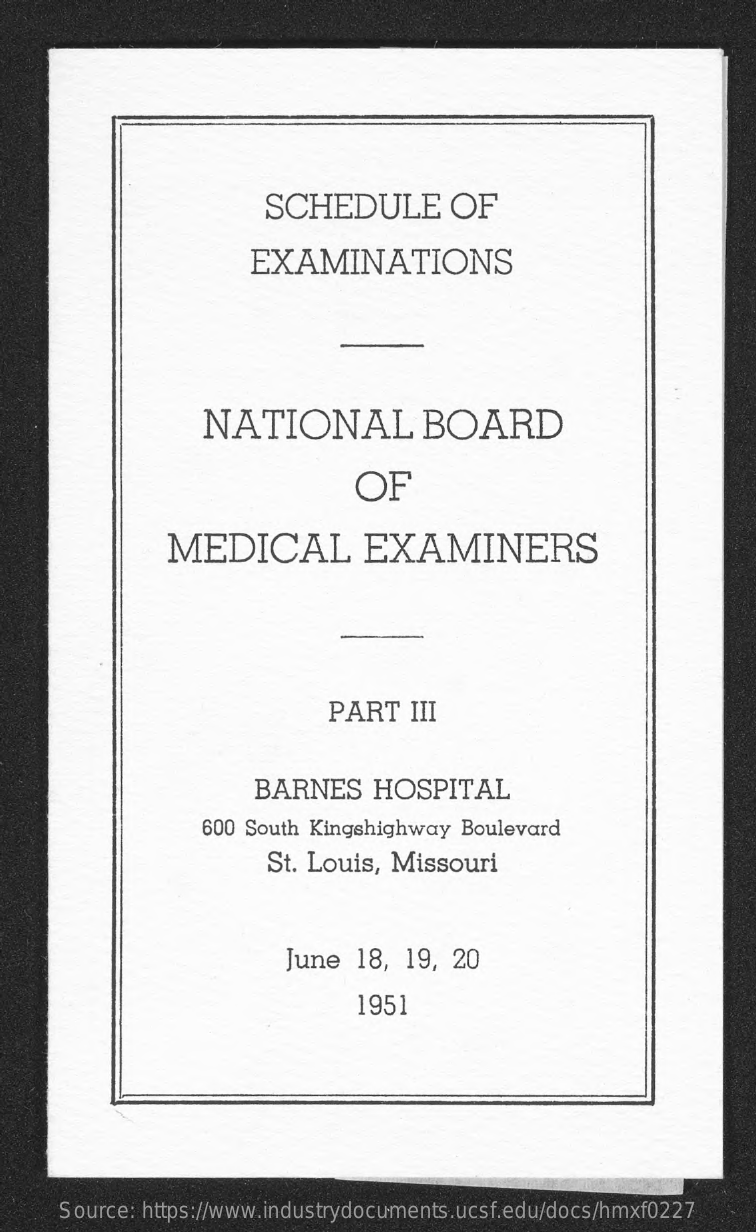
SCHEDULE    OF
     EXAMINATIONS
     NATIONAL    BOARD
     OF
     MEDICAL    EXAMINERS
     PART   III
     BARNES    HOSPITAL
     600 South Kingshighway  Boulevard
     St. Louis, Missouri
     June  18, 19,  20
     1951
     Source: https://www.industrydocuments.ucsf.edu/docs/hmxf0227